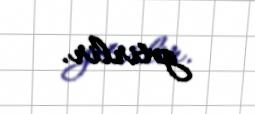
gətirlir.